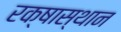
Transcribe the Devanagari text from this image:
रक्षास्थान